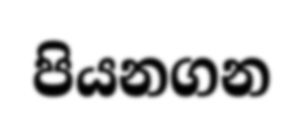
පියනගන